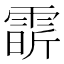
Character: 𩃟